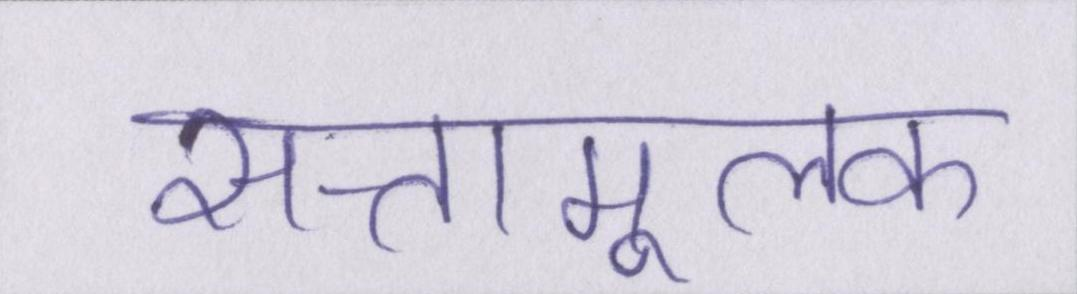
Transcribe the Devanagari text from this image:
सत्तामूलक